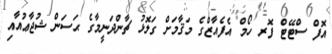
އޮފް ސްޓޭޓް ފޮރ ހޯމް އެފެއާޒްގެ މަޤާމަށް ގަލޮޅު ޗާންދަނީމާގެ ޙަސަން ޝުޖާޢުއާއި